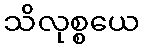
သိလုစ္စယေ